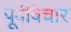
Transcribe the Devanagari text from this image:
पूर्वविचार